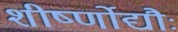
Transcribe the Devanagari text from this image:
शीर्ष्णोद्यौः